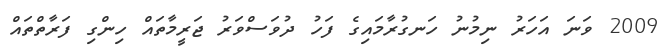
2009 ވަނަ އަހަރު ނިމުނު ހަނގުރާމައިގެ ފަހު ދުވަސްވަރު ޖަރީމާތައް ހިންގި ފަރާތްތައް